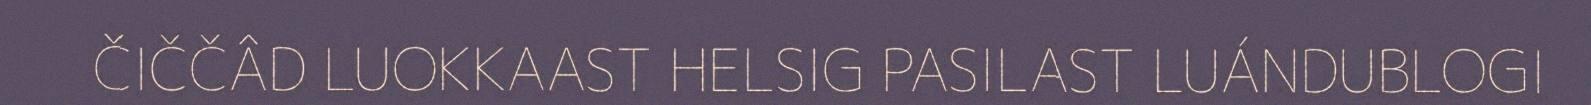
ČIČČÂD LUOKKAAST HELSIG PASILAST LUÁNDUBLOGI